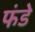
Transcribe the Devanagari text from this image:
फंडे